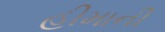
હીમાની